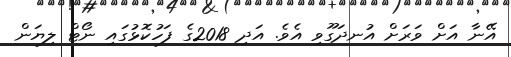
އޭނާ އަށް ވަރަށް އުނދަގޫވި އެވެ. އަދި 2018ގެ ފަހުކޮޅުގައި ނޯޓް ލިޔަން